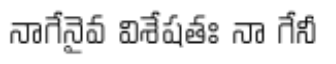
నాగేనైవ విశేషతః నా గేనీ